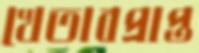
খেতাবপ্রাপ্ত